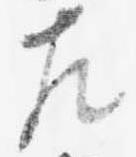
左